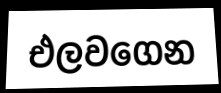
එලවගෙන